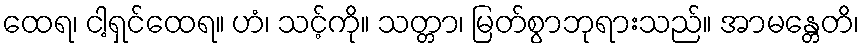
ထေရ၊ ငါ့ရှင်ထေရ။ ဟံ၊ သင့်ကို။ သတ္တာ၊ မြတ်စွာဘုရားသည်။ အာမန္တေတိ၊